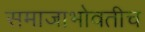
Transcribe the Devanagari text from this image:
समाजाभोवतीच